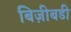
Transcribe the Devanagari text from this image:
बिज़ीबडी